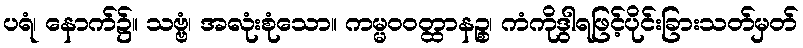
ပရံ၊ နောက်၌။ သဗ္ဗံ၊ အလုံးစုံသော။ ကမ္မဝဝတ္ထာနဉ္စ၊ ကံကိုဒွါရဖြင့်ပိုင်းခြားသတ်မှတ်